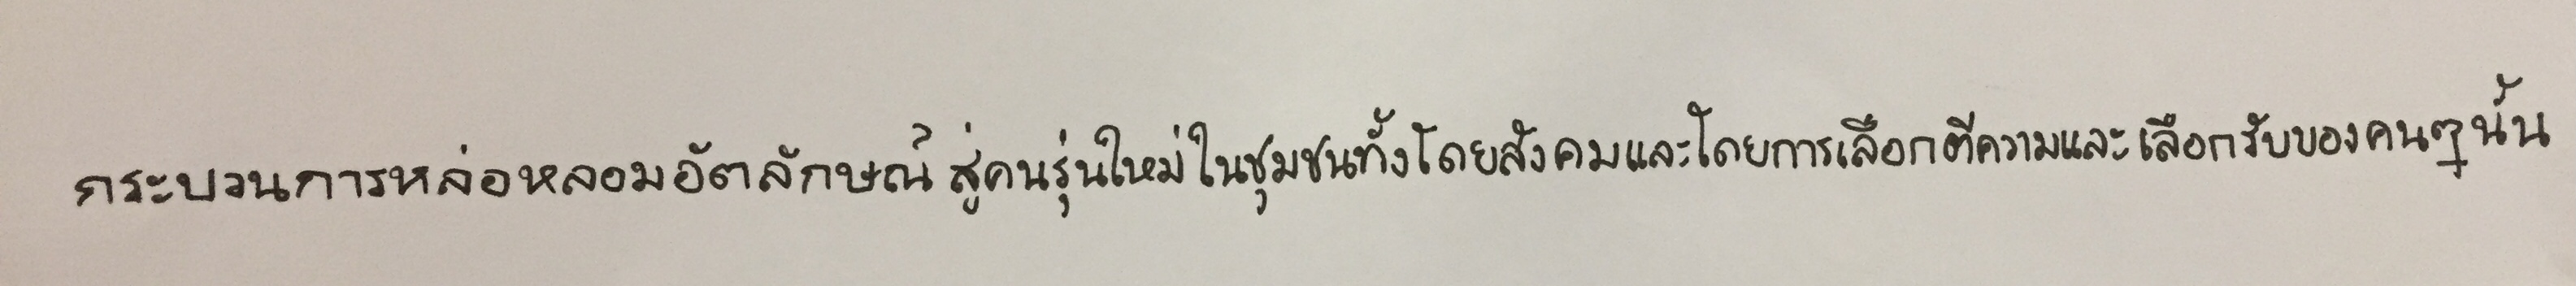
กระบวนการหล่อหลอมอัตลักษณ์สู่คนรุ่นใหม่ในชุมชนทั้งโดยสังคมและโดยการเลือกตีความและเลือกรับของคนๆนั้น